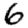
Digit: 6